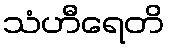
သံဟီရေတိ